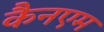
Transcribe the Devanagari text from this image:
कैनएम